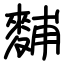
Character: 麱